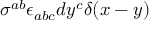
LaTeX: \sigma ^ { a b } \epsilon _ { a b c } d y ^ { c } \delta ( x - y )